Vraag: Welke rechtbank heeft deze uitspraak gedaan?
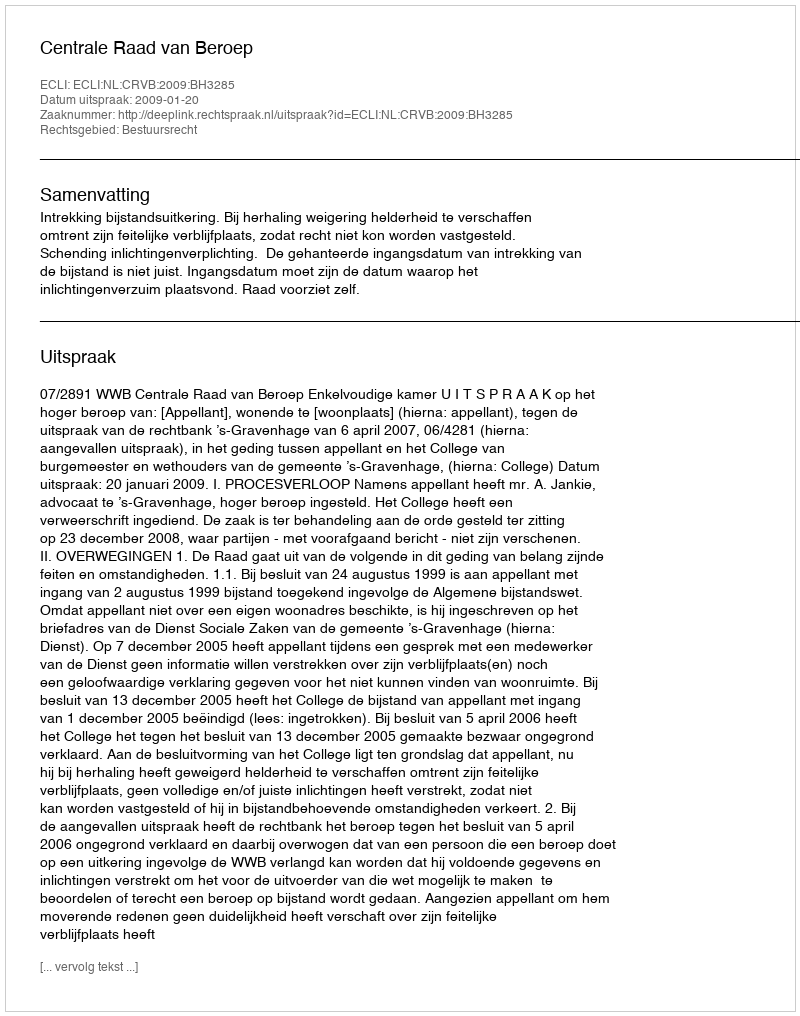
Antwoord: Centrale Raad van Beroep